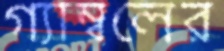
গ্যাম্বলের